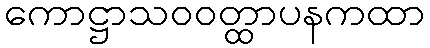
ကောဋ္ဌာသဝဝတ္ထာပနကထာ